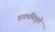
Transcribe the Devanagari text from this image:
गनपतिपुले